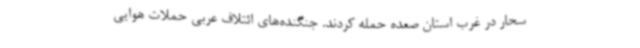
سحار در غرب استان صعده حمله کردند. جنگنده‌های ائتلاف عربی حملات هوایی